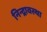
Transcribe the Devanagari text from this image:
निन्द्रावस्था